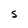
Character: S